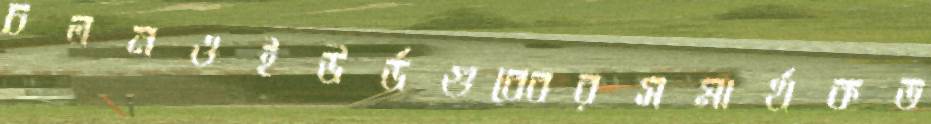
চলনওইউর্ডগুব্বেরসমার্থকত